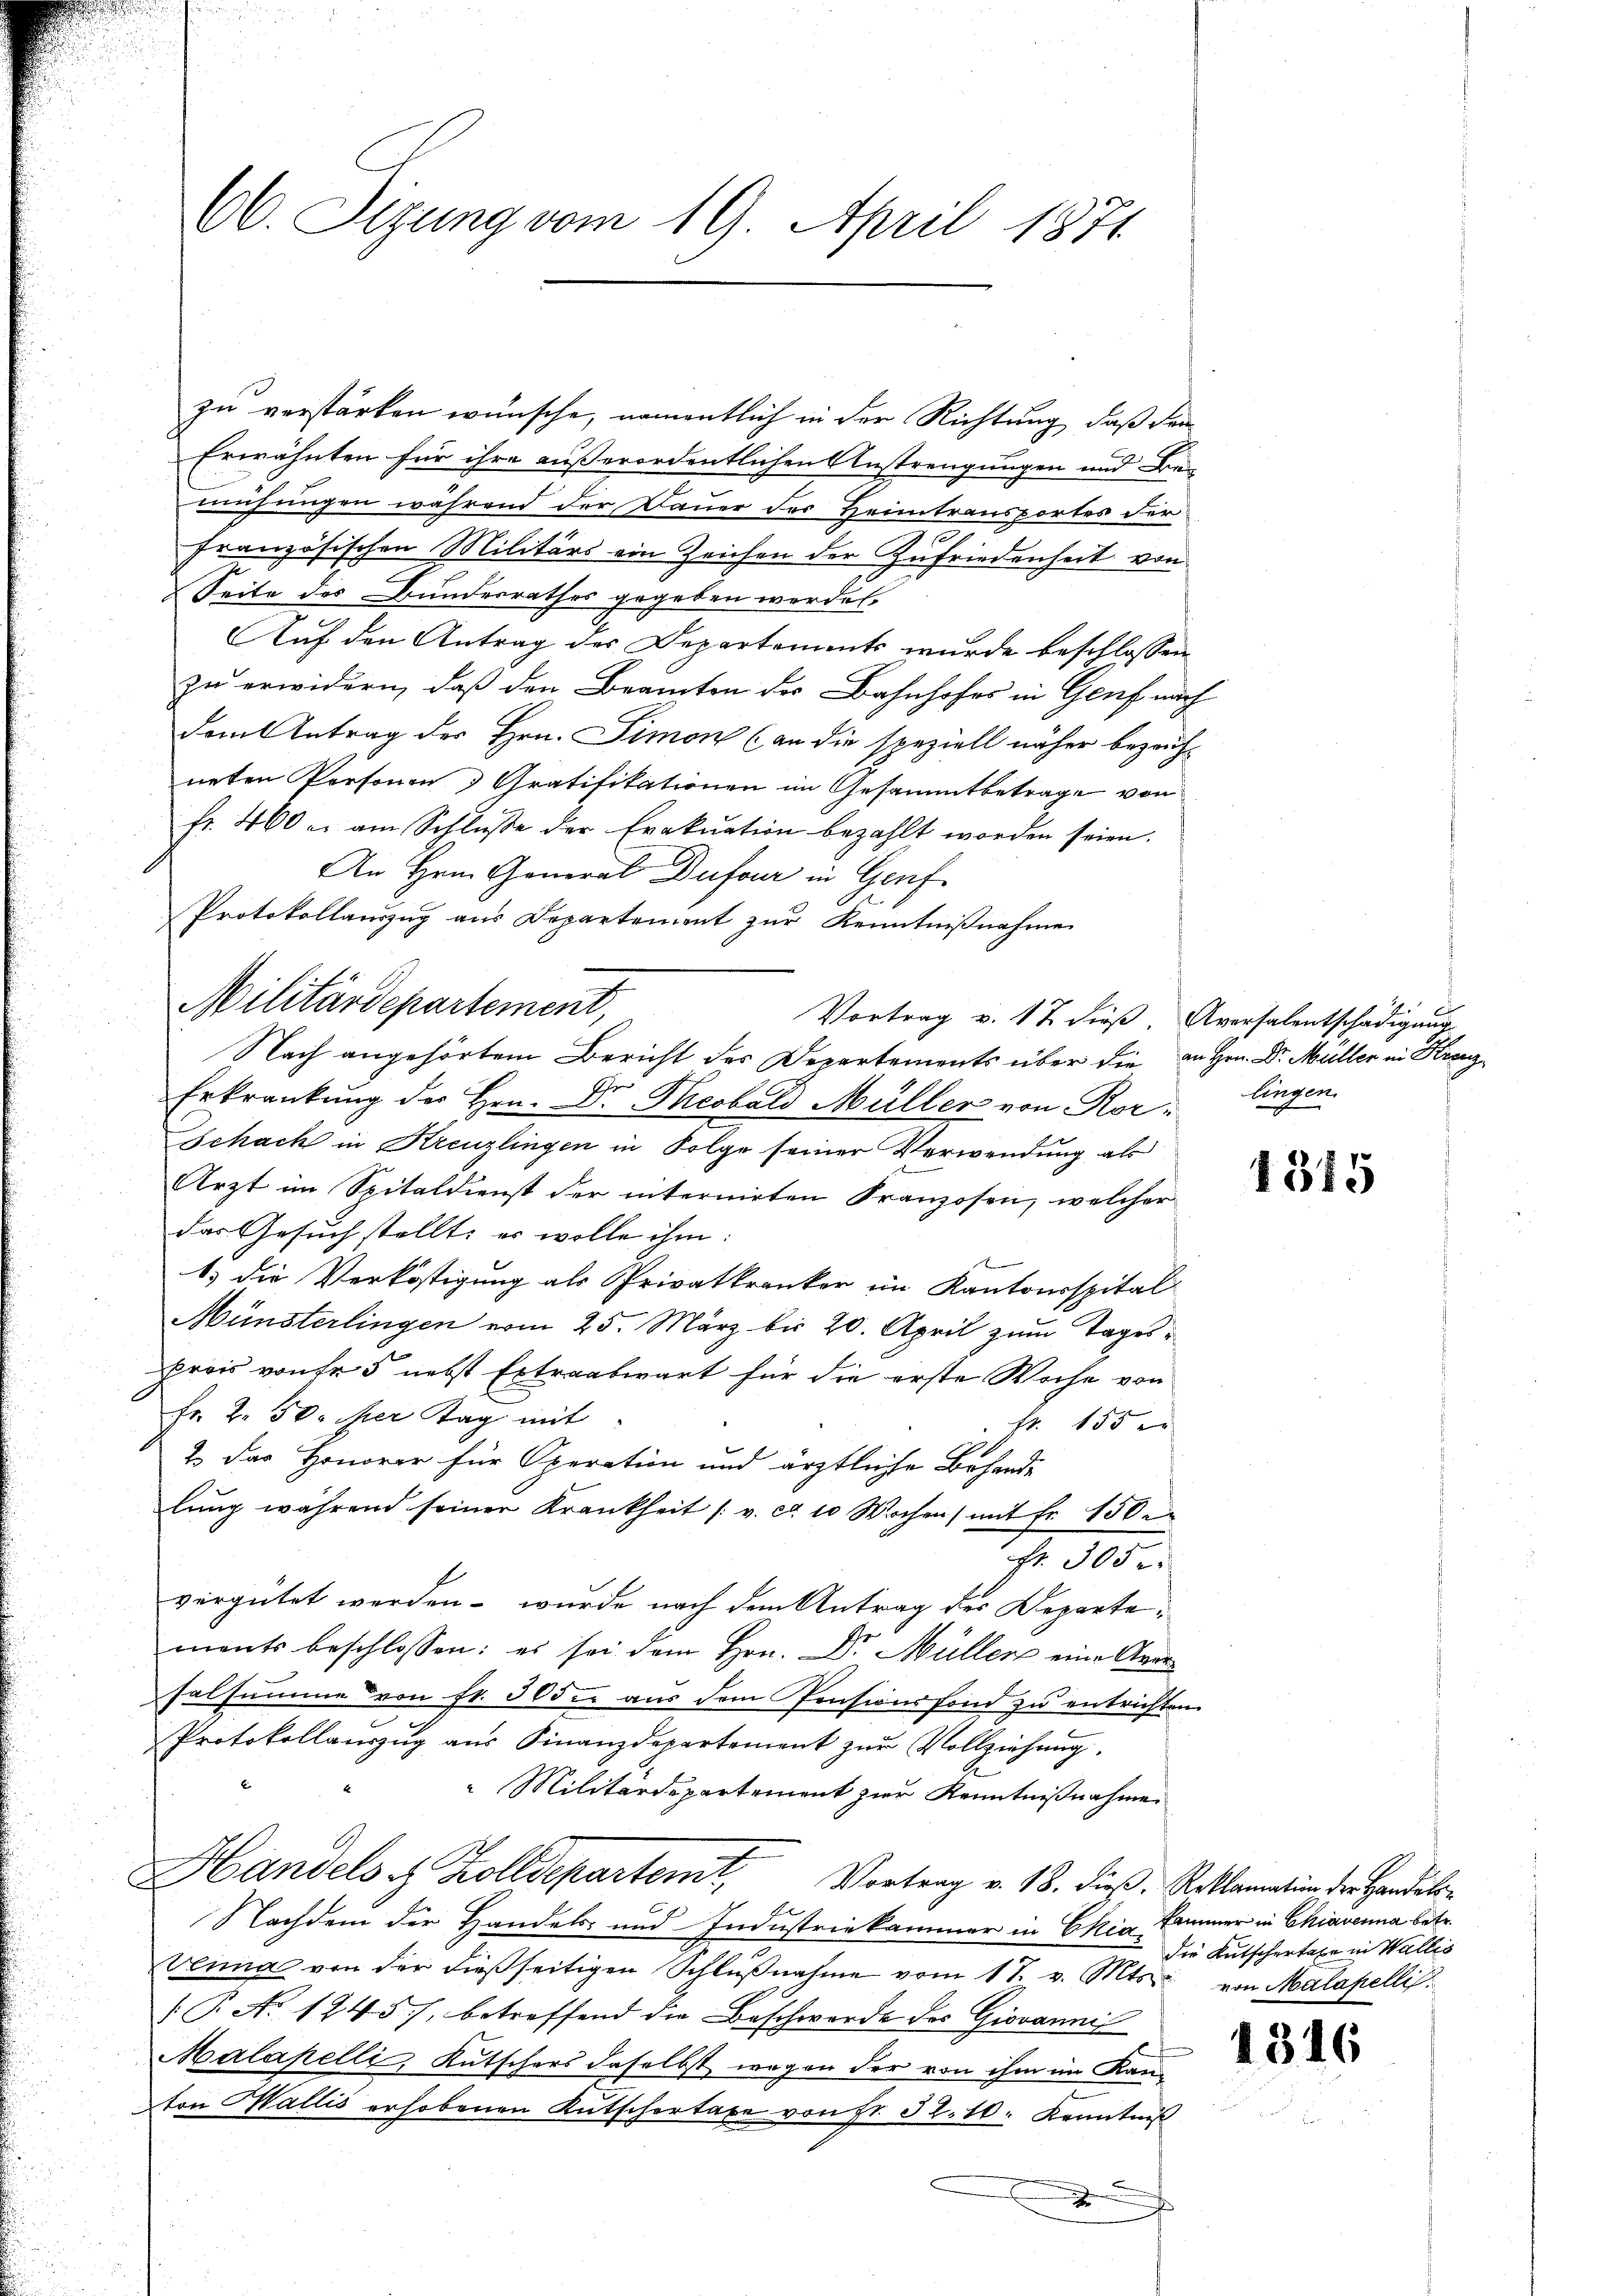
66. Sizung vom 19. April 1871

zu verstärken wünsche, namentlich in der Richtung, daß dann
Erwähnten für ihre außerordentlichen Anstrengungen und Be-
mühungen während der Dauer der Heimtransportes der
e
französischen Militärs ein Zeichen der Zufriedenheit von
Seite des Bundesrathes gegeben werden.
Auf den Antrag des Departements wurde beschlossen
zu erwidern, daß den Beamten der Bahnhofes in Genf nach
dem Antrag des Hrn. Simon (an die speziell näher bezeichneten Personen Gratifikationen im Gesammtbetrage von
fr. 460 u. am Schlŭsse der Evakŭation bezahlt worden seien.
An Hrn. General Dufour in Graf
Protokollauszug aus Departenient zŭr Kenntniβnahme
Nach angehörtem Bericht des Departements über die an Hrn. Dr. Müller in Krenz
Erkrankung der Hrn. Dr. Theobald Müller von Ror¬
Schach in Kreuzlingen in Folge seiner Verwendung als
Arzt im Spitaldienst der internirten Franzosen, welcher
das Gesuch stellt: es wolle ihm.
t
1.) Die Verköstigung als Privatkranker im Kantonsspital
Münsterlingen vom 25. März bis 20. April zum Tagesprois von fr 5 nebst Extraabwart für die erste Woche von
Fr. 2. 50. der Tag mit
Fr. 155 er
2 das Honorar für Operation und ärztliche Behandlŭng während seiner Krankheit /: v. ca 10 Wochen) mit Fr. 150.
1fr. 3000.
vergütet werden – wurde nach dem Antrag des Departements beschlossen: es sei dem Hrn. Dr. Müller eine Anersalsumme von fr. 30 der aus dem Pensionsfond zu entrichten.
Protokollauszug aus Finanzdepartement zur Vollziehung.
 Militärdepartement zur Kenntnißnahme
Handels & Zolldepartenit Vortrag v. 18. dieß. Reklamation der Handels-
Nachdem der Handels- und Industriekammer in Ekia Kammer in Chiavenna betr.
Venna von der dieβ seitigen Schlŭβnahme vom 17. v. Mts. von Malapelli
(T. Ao. 1245), betreffend die Beschwerde des Giovannis
Malapelli, Kutschers daselbst wegen der von ihm im Kan-
ton Wallis erhobenen Kutschertaxe von fr. 32. 10. Kenntniß
.
g

Militärdepartement,

Vortrag v. 12 dieß. Aversalentschädigung

lingen.

1315

der Kutschertage in Wallis

1316